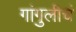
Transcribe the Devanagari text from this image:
गांगुलीचं